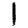
Digit: 1